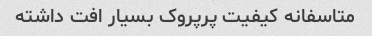
متاسفانه کیفیت پرپروک بسیار افت داشته